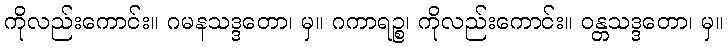
ကိုလည်းကောင်း။ ဂမနသဒ္ဒတော၊ မှ။ ဂကာရဉ္စ၊ ကိုလည်းကောင်း။ ဝန္တသဒ္ဒတော၊ မှ။